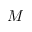
M